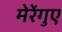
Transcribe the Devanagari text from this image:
मेरेंगुए